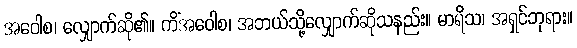
အဝေါစ၊ လျှောက်ဆို၏။ ကိံအဝေါစ၊ အဘယ်သို့လျှောက်ဆိုသနည်း။ မာရိသ၊ အရှင်ဘုရား။